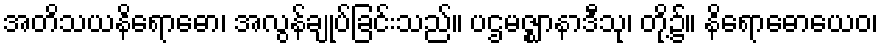
အတိသယနိရောဓော၊ အလွန်ချုပ်ခြင်းသည်။ ပဌမဇ္ဈာနာဒီသု၊ တို့၌။ နိရောဓောယေဝ၊